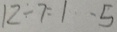
1 2 \div 7 = 1 \cdots 5